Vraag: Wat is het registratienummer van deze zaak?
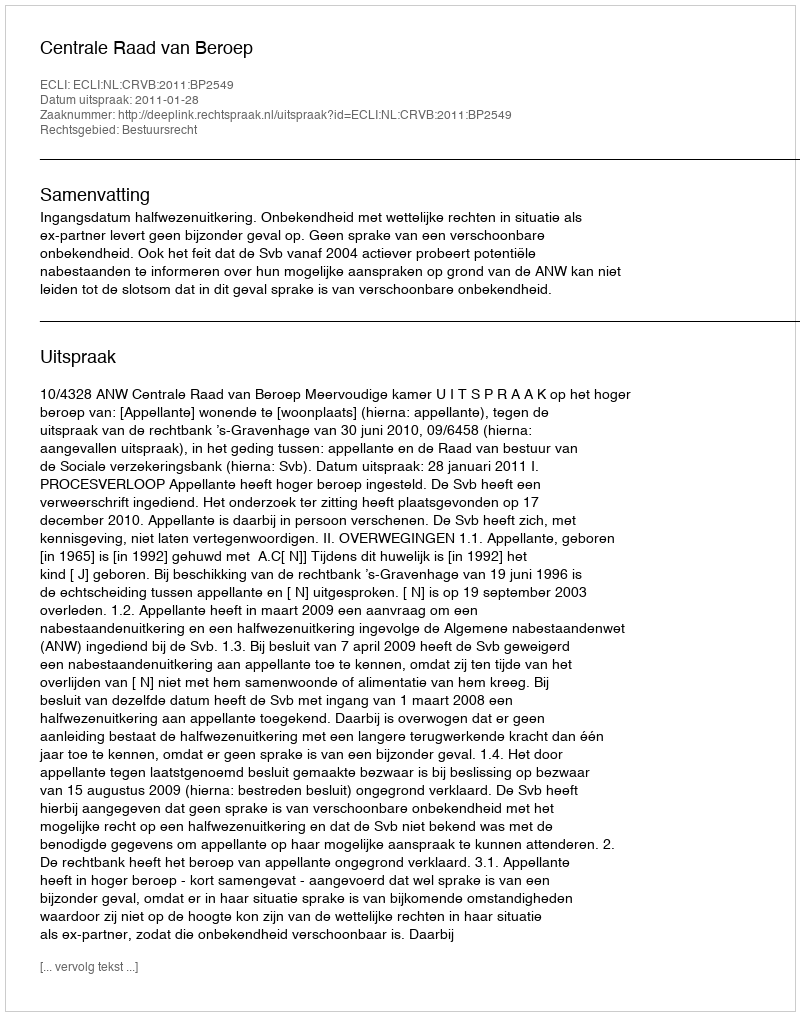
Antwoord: http://deeplink.rechtspraak.nl/uitspraak?id=ECLI:NL:CRVB:2011:BP2549